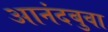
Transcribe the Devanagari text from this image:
आनंदबुवा